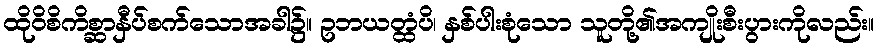
ထိုဝိစိကိစ္ဆာနှီပ်စက်သောအခါ၌။ ဥဘယတ္ထံပိ၊ နှစ်ပါးစုံသော သူတို့၏အကျိုးစီးပွားကိုလည်း။